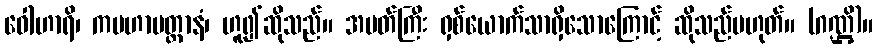
ဝေါဟာရိ၊ ကမဟာမတ္တာနံ၊ ဟူ၍ဆိုသည်။ အမတ်ကြီး ရှစ်ယောက်သာရှိသောကြောင့် ဆိုသည်မဟုတ်။ (ဂဏ္ဌိ)။